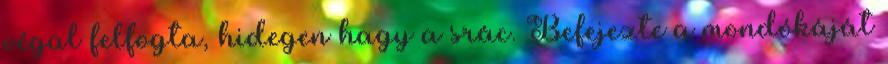
végül felfogta, hidegen hagy a srác. Befejezte a mondókáját